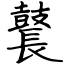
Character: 鼚